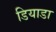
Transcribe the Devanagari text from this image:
डियाडा